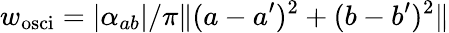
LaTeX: w_{\mathrm{osci}}=\left|\alpha_{ab}\right|/\pi\| (a-a^{\prime})^{2}+(b-b^{\prime})^{2}\|